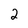
Character: 2